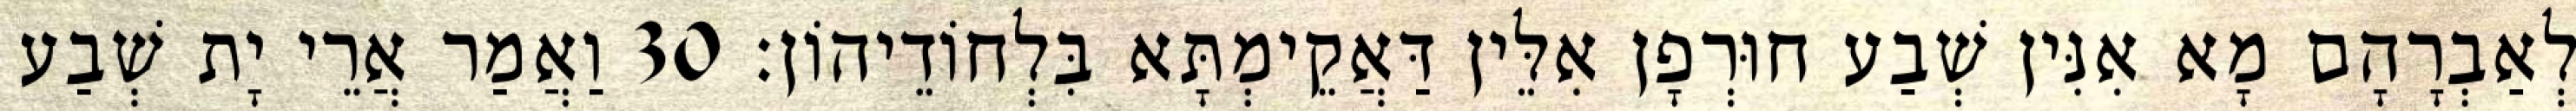
לְאַבְרָהָם מָא אִנִּין שְׁבַע חוּרְפָן אִלֵּין דַּאֲקֵימְתָּא בִּלְחוֹדֵיהוֹן׃ 30 וַאֲמַר אֲרֵי יָת שְׁבַע